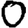
Digit: 0